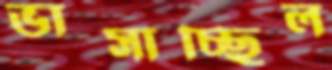
ভাসাচ্ছিল